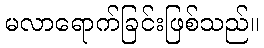
မလာရောက်ခြင်းဖြစ်သည်။